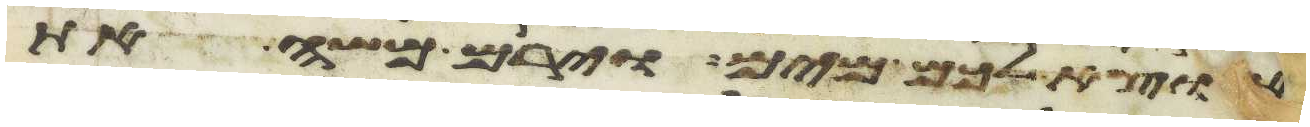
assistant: נוציא לכם מים וירם משה את